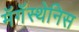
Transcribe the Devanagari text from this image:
मॅगॅस्थेनिस